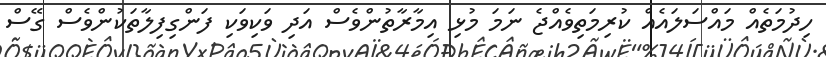
ހިދުމަތެއް މައްސަލައެއް ކުރިމަތިވެއްޖެ ނަމަ މުޅި އިމާރާތުންވެސް އަދި ވަކިވަކި ފަންގިފިލާތަކުންވެސް ގޭސް